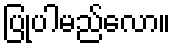
ပြုပါမည်လော။